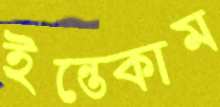
ইন্তেকাম